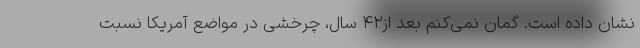
نشان داده است. گمان نمی‌کنم بعد از۴۲ سال، چرخشی در مواضع آمریکا نسبت